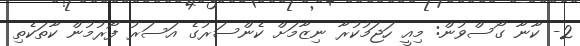
2- ކާނާ ގޯސްވުން: މިއީ ހަޖަމުކުރާ ނިޒާމަށް ކެންސަރުގެ އަސަރު ފޯރުމުން ކާތަކެތި